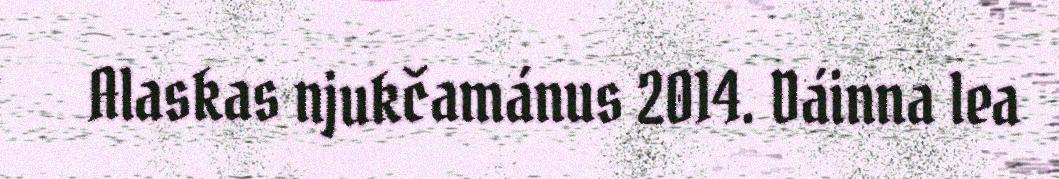
Alaskas njukčamánus 2014. Dáinna lea